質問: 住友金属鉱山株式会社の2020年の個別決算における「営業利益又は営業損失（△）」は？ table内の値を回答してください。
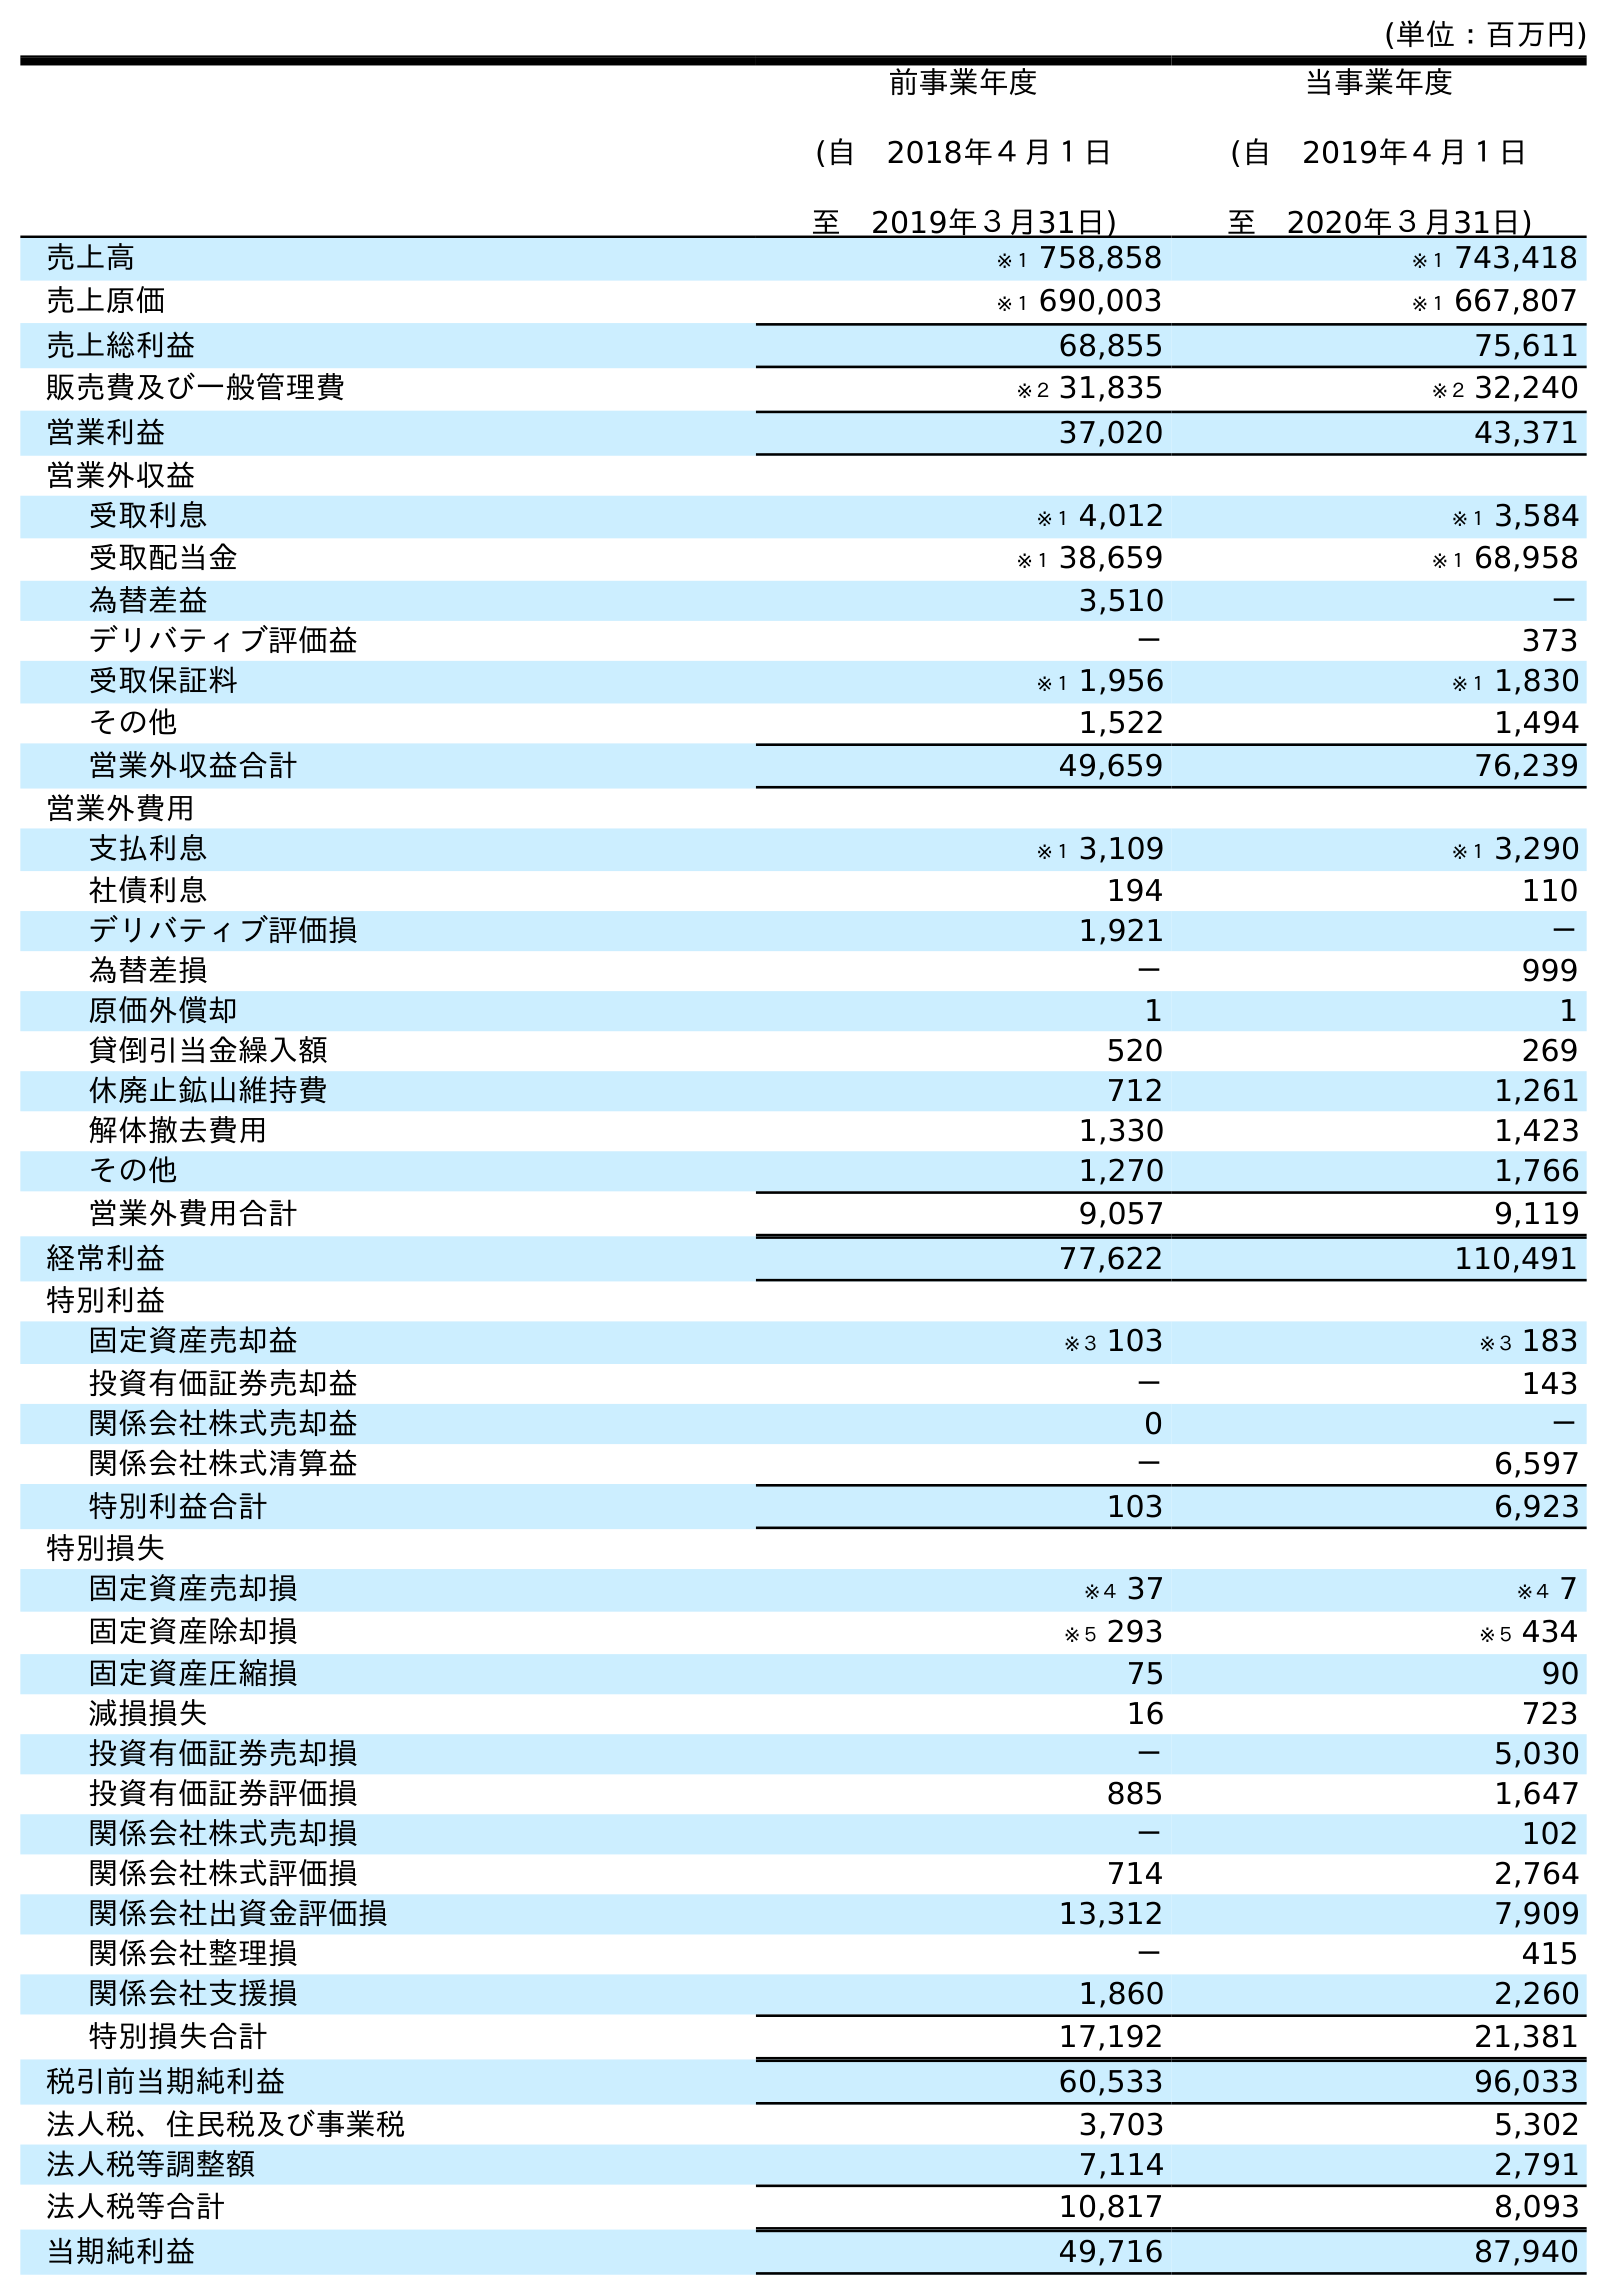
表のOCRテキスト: (単位：百万円) 前事業年度 (自 2018年４月１日 至 2019年３月31日) 当事業年度 (自 2019年４月１日 至 2020年３月31日) 売上高 ※１ 758,858 ※１ 743,418 売上原価 ※１ 690,003 ※１ 667,807 売上総利益 68,855 75,611 販売費及び一般管理費 ※２ 31,835 ※２ 32,240 営業利益 37,020 43,371 営業外収益 受取利息 ※１ 4,012 ※１ 3,584 受取配当金 ※１ 38,659 ※１ 68,958 為替差益 3,510 － デリバティブ評価益 － 373 受取保証料 ※１ 1,956 ※１ 1,830 その他 1,522 1,494 営業外収益合計 49,659 76,239 営業外費用 支払利息 ※１ 3,109 ※１ 3,290 社債利息 194 110 デリバティブ評価損 1,921 － 為替差損 － 999 原価外償却 1 1 貸倒引当金繰入額 520 269 休廃止鉱山維持費 712 1,261 解体撤去費用 1,330 1,423 その他 1,270 1,766 営業外費用合計 9,057 9,119 経常利益 77,622 110,491 特別利益 固定資産売却益 ※３ 103 ※３ 183 投資有価証券売却益 － 143 関係会社株式売却益 0 － 関係会社株式清算益 － 6,597 特別利益合計 103 6,923 特別損失 固定資産売却損 ※４ 37 ※４ 7 固定資産除却損 ※５ 293 ※５ 434 固定資産圧縮損 75 90 減損損失 16 723 投資有価証券売却損 － 5,030 投資有価証券評価損 885 1,647 関係会社株式売却損 － 102 関係会社株式評価損 714 2,764 関係会社出資金評価損 13,312 7,909 関係会社整理損 － 415 関係会社支援損 1,860 2,260 特別損失合計 17,192 21,381 税引前当期純利益 60,533 96,033 法人税、住民税及び事業税 3,703 5,302 法人税等調整額 7,114 2,791 法人税等合計 10,817 8,093 当期純利益 49,716 87,940
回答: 43,371